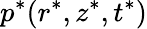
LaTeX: p^{*}(r^{*},z^{*},t^{*})